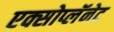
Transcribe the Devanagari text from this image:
एक्सोप्लॅनेट